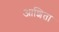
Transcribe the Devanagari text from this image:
आशिता